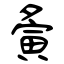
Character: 夤